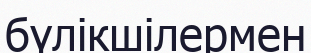
бүлікшілермен